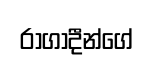
රාගාදීන්ගේ